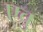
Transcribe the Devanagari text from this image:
एवु